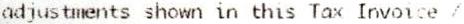
ADJUSTMENTS SHOWN IN THIS TAX INVOICE /